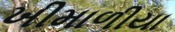
ખીમાળીયા